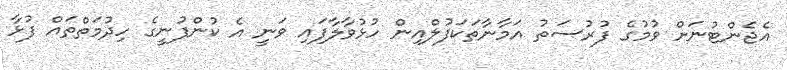
އެޖެންޓުނަށް ވުމުގެ ފުރުސަތު އަމާނާތަކަފުލްއިން ހުޅުވާލާފައި ވަނީ އެ ކުންފުނީގެ ހިދުމަތްތައް ފުޅާ